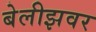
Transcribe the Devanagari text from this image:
बेलीझवर